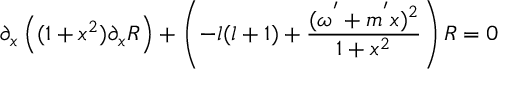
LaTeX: \partial _ { x } \left( ( 1 + x ^ { 2 } ) \partial _ { x } R \right) + \left( - l ( l + 1 ) + \frac { ( \omega ^ { ' } + m ^ { ' } x ) ^ { 2 } } { 1 + x ^ { 2 } } \right) R = 0